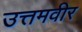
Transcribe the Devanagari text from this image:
उत्तमवीर